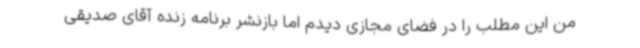
من این مطلب را در فضای مجازی دیدم اما بازنشر برنامه زنده آقای صدیقی